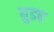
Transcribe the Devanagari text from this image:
धुडप